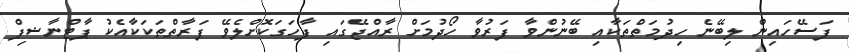
ފަސޭހައިން ލިބޭނެ ހިދުމަތްތަކާއި ބޭނުންވާ ފަރުވާ ހޯދުމަށް ރާއްޖޭގައި ފާހަގަކޮށްލެވޭ ފަރާތްތަކަކާއެކު ޕާޓްނާޝިޕް